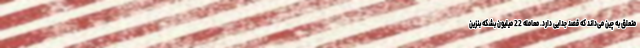
متعلق به چین می‌داند که قصد جدایی دارد. معامله 22 میلیون بشکه بنزین